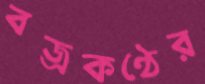
বজ্রকণ্ঠের